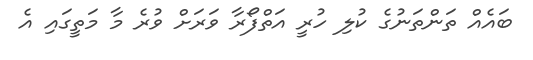
ބައެއް ތަންތަނުގެ ކުލި ހުރީ އަތްފޯރާ ވަރަށް ވުރެ މާ މަތީގައި އެ